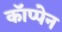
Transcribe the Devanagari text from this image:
कॉप्पेन